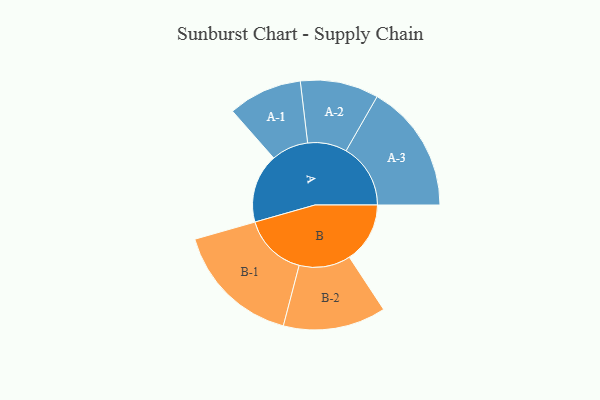
{"axis": {"x": "Segment", "y": "Value"}, "legend": ["", "A", "B"], "data": [{"x": "A", "y": 254, "type": ""}, {"x": "B", "y": 223, "type": ""}, {"x": "A-1", "y": 136, "type": "A"}, {"x": "A-2", "y": 144, "type": "A"}, {"x": "A-3", "y": 237, "type": "A"}, {"x": "B-1", "y": 234, "type": "B"}, {"x": "B-2", "y": 189, "type": "B"}]}